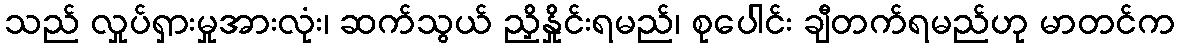
သည် လှုပ်ရှားမှုအားလုံး၊ ဆက်သွယ် ညှိနှိုင်းရမည်၊ စုပေါင်း ချီတက်ရမည်ဟု မာတင်က